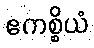
ဧကစ္စိယံ